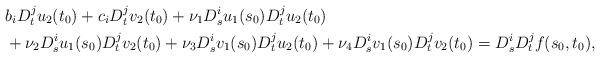
LaTeX: \begin{align*}& b_i D_t^j u_2(t_0) + c_i D_t^j v_2(t_0) + \nu_1 D_s^i u_1(s_0) D_t^j u_2(t_0) \\& + \nu_2 D_s^i u_1(s_0) D_t^j v_2(t_0) + \nu_3 D_s^i v_1(s_0) D_t^j u_2(t_0) + \nu_4 D_s^i v_1(s_0) D_t^j v_2(t_0) = D_s^i D_t^j f(s_0,t_0),\end{align*}